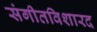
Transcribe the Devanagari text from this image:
संगीतविशारद